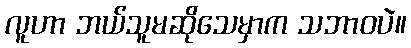
လူဟာ ဘယ်သူမဆိုသေမှာက သဘာဝပဲ။